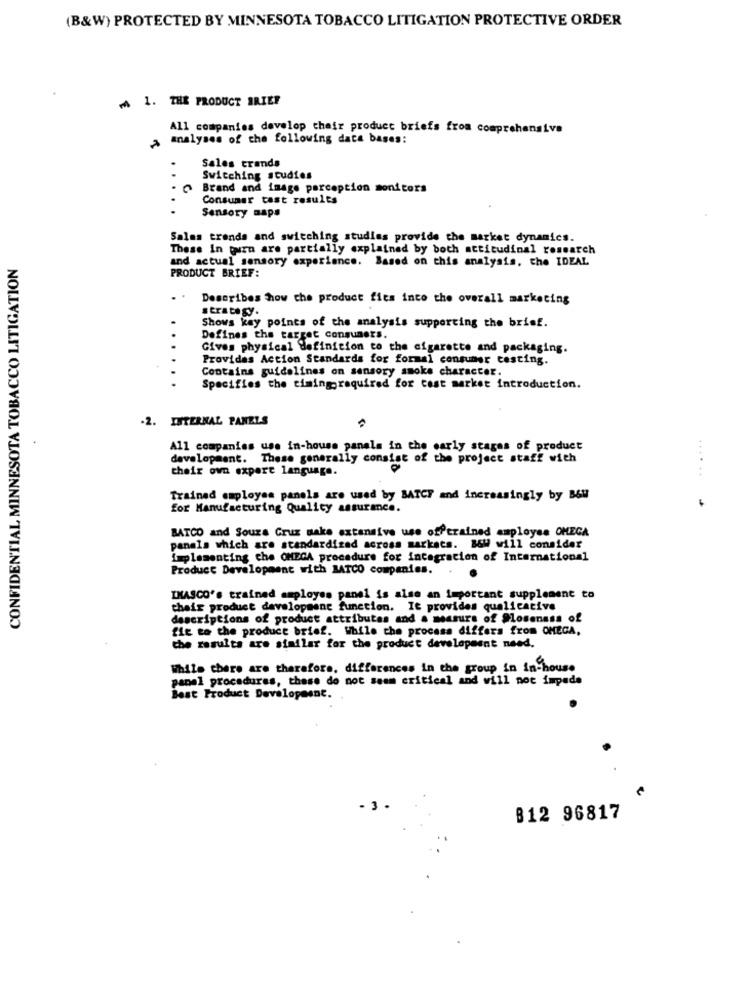
(B&W) PROTECTED BY MINNESOTA TOBACCO LITIGATION PROTECTIVE ORDER
1. THE PRODUCT BRIEF
All companies develop their product briefs from comprehensive
a analyses of the following data bases:
Sales trands
Switching studies
Brand and image perception monitors
Consumer test results
Sensory maps
Sales trends and switching studies provide the market dynamics.
These In guru are partially explained by both attitudinal research
CONFIDENTIAL MINNESOTA TOBACCO LITIGATION
and actual sensory experience. Based on this analysis, the IDEAL
PRODUCT BRIEF:
Describes how the product fits into the overall marketing
Shows key points of the analysis supporting the brisf.
Defines the target consumers.
Gives physical definition to the cigarette and packaging.
Provides Action Standards for formal consumer testing.
Contains guidelines on sensory smoke character.
Specifies the timingrequired for cost market introduction.
-2. INTERNAL PANELS
All companies use in-house panels in the early stages of product
development. These generally consist of the project staff with
their own expere language.
...
Trained employee panels are used by BATCF and increasingly by B&W
for Manufacturing Quality assurance.
BATCO and Sours Cruz make extensive use offtrained employee OMEGA
panels which are standardized across markets. B&W will consider
implementing che OMEGA procedure for integration of International
Product Development with JATCO companies.
INASCO's trained amployes panel is also an important supplement to
their product development function. It provides qualicative
descriptions of product attributes and a measure of Sloseness of
fie to the product brief. While the process differs from OMEGA,
the results are similar for the product development need.
While there are therefore, differences in the group in in-house
panel procedures, these do not seem critical and will not impede
Best Product Development. .
- 3
812 96817